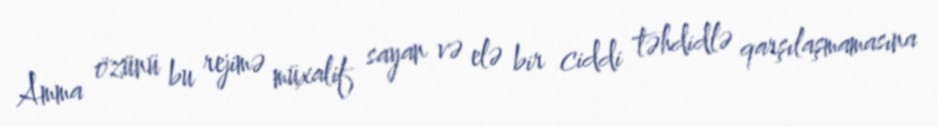
Amma özünü bu rejimə müxalif sayan və elə bir ciddi təhdidlə qarşılaşmamasına